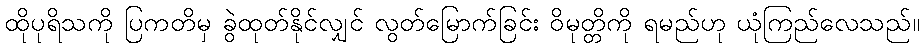
ထိုပုရိသကို ပြကတိမှ ခွဲထုတ်နိုင်လျှင် လွတ်မြောက်ခြင်း ဝိမုတ္တိကို ရမည်ဟု ယုံကြည်လေသည်။